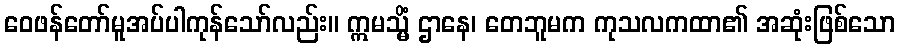
ဝေဖန်တော်မူအပ်ပါကုန်သော်လည်း။ ဣမသ္မိံ ဌာနေ၊ တေဘူမက ကုသလကထာ၏ အဆုံးဖြစ်သော